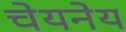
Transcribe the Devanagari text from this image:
चेयनेय